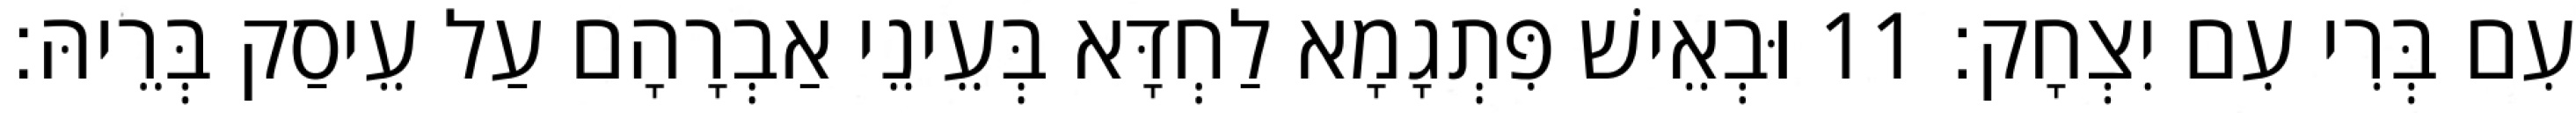
עִם בְּרִי עִם יִצְחָק׃ 11 וּבְאֵישׁ פִּתְגָמָא לַחְדָּא בְּעֵינֵי אַבְרָהָם עַל עֵיסַק בְּרֵיהּ׃